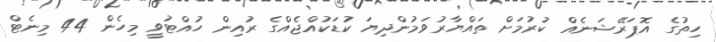
ހިތުގެ އޮޕަރޭޝަނެއް ކުރުމަށް ތައްޔާރުވަމުންދިޔަ ކުޑަކުއްޖެއްގެ ރުއިން ހުއްޓުވީ މިހެން 44 މިނެޓް